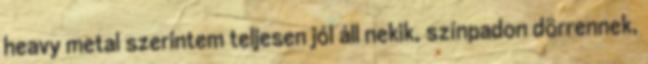
heavy metal szerintem teljesen jól áll nekik, színpadon dörrennek,